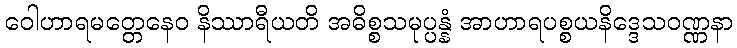
ဝေါဟာရမတ္တေနေဝ နိဿာရီယတိ အဓိစ္စသမုပ္ပန္နံ အာဟာရပစ္စယနိဒ္ဒေသဝဏ္ဏနာ